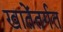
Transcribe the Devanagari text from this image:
खातेंतर्गत